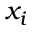
x _ { i }